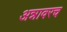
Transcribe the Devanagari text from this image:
अन्नावरच